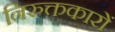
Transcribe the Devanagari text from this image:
निरुक्तकारों